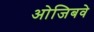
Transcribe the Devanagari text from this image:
ओजिबवे